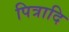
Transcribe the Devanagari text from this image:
पित्रादि